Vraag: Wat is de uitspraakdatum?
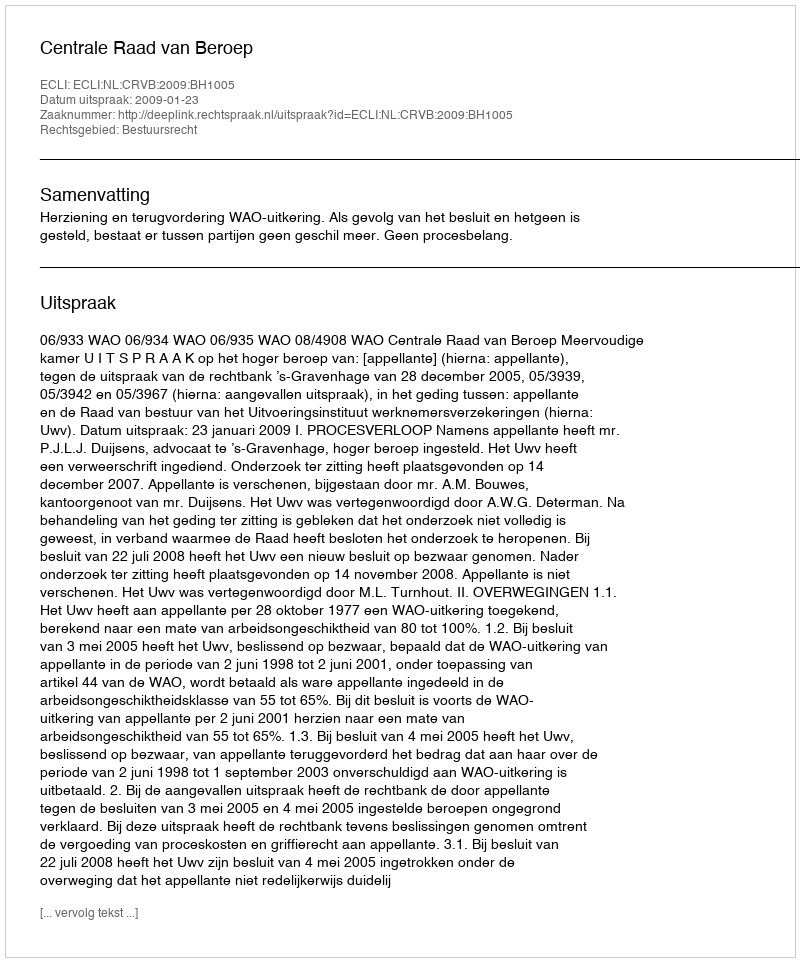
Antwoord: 2009-01-23